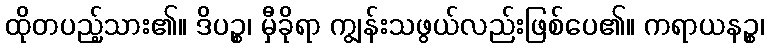
ထိုတပည့်သား၏။ ဒိပဉ္စ၊ မှီခိုရာ ကျွန်းသဖွယ်လည်းဖြစ်ပေ၏။ ကရာယနဉ္စ၊